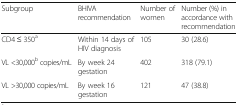
<table><thead><tr><td><b>Subgroup</b></td><td><b>BHIVA recommendation</b></td><td><b>Number of women</b></td><td><b>Number (%) in accordance with recommendation</b></td></tr></thead><tbody><tr><td>CD4 ≤ 350<sup>a</sup></td><td>Within 14 days of HIV diagnosis</td><td>105</td><td>30 (28.6)</td></tr><tr><td>VL &lt;30,000<sup>b</sup> copies/mL</td><td>By week 24 gestation</td><td>402</td><td>318 (79.1)</td></tr><tr><td>VL &gt;30,000 copies/mL</td><td>By week 16 gestation</td><td>121</td><td>47 (38.8)</td></tr></tbody></table>